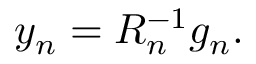
y _ { n } = R _ { n } ^ { - 1 } g _ { n } .